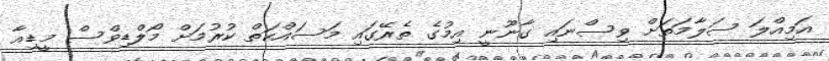
އަމިއްލަ ސަލާމަތަށް ވިސްނައި ގާނޫނީ އިމުގެ ތެރޭގައި މަސައްކަތް ކުރުމަށް މޯލްޑިވްސް މީޑިއާ